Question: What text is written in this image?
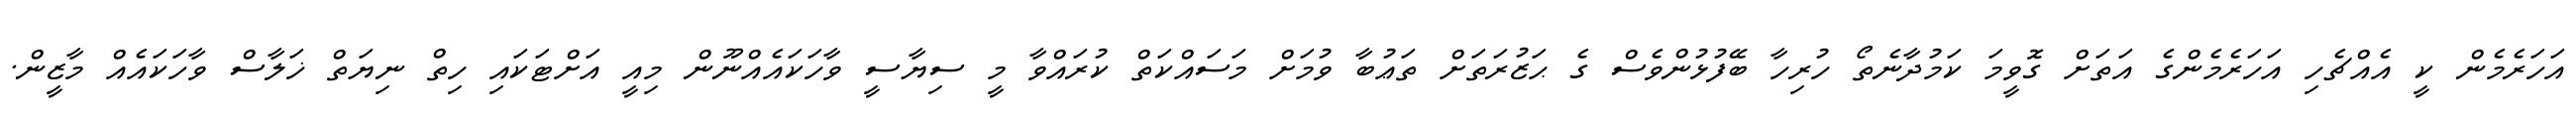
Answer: އަހަރެމެން ކީ އެއްޗެހި އަހަރެމެންގެ އަތަށް ގޮވީމަ ކަމުދާނެތޯ ހުރިހާ ބޭފުޅުންވެސް ގެ ޙަޒުރަތަށް ތަޢުބާ ވުމަށް މަސައްކަތް ކުރައްވާ މީ ސިޔާސީ ވާހަކައެއްނޫން މިއީ އަށްޓަކައި ހިތް ނިޔަތް ޚަލާސް ވާހަކައެއް މާޒީން.